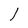
Character: l